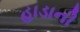
હાડાની